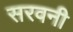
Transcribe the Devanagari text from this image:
सरवनी